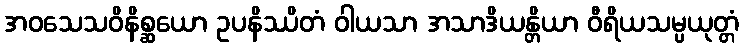
အဝသေသဝိနိစ္ဆယော ဥပနိဿိတံ ဝါယသာ အသာဒိယန္တိယာ ဝီရိယသမ္ပယုတ္တံ